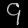
Digit: ၄